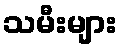
သမီးများ